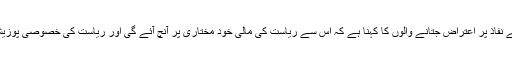
ریاست میں اس قانون کے نفاذ پر اعتراض جتانے والوں کا کہنا ہے کہ اس سے ریاست کی مالی خود مختاری پر آنچ آئے گی اور ریاست کی خصوصی پوزیشن پر بھی حرف آئے گا۔